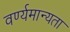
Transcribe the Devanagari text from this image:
वर्ण्यमान्यता